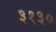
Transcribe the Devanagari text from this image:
३१३०